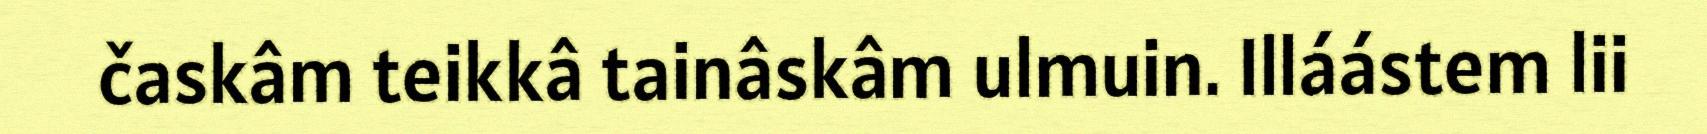
časkâm teikkâ tainâskâm ulmuin. Illáástem lii